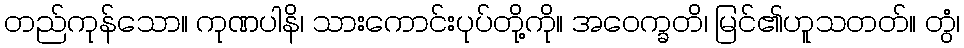
တည်ကုန်သော။ ကုဏပါနိ၊ သားကောင်းပုပ်တို့ကို။ အဝေက္ခတိ၊ မြင်၏ဟူသတတ်။ တွံ၊